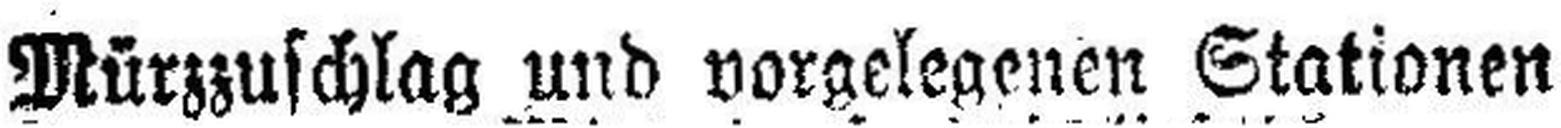
Mürzzuschlag und vorgelegenen Stationen